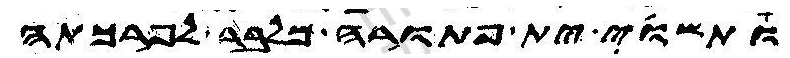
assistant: ותשוי ית פתורה מלבר לפרכתה